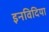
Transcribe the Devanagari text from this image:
इनविदिया